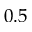
0 . 5